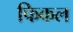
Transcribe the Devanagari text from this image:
फिकल